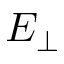
E _ { \perp }